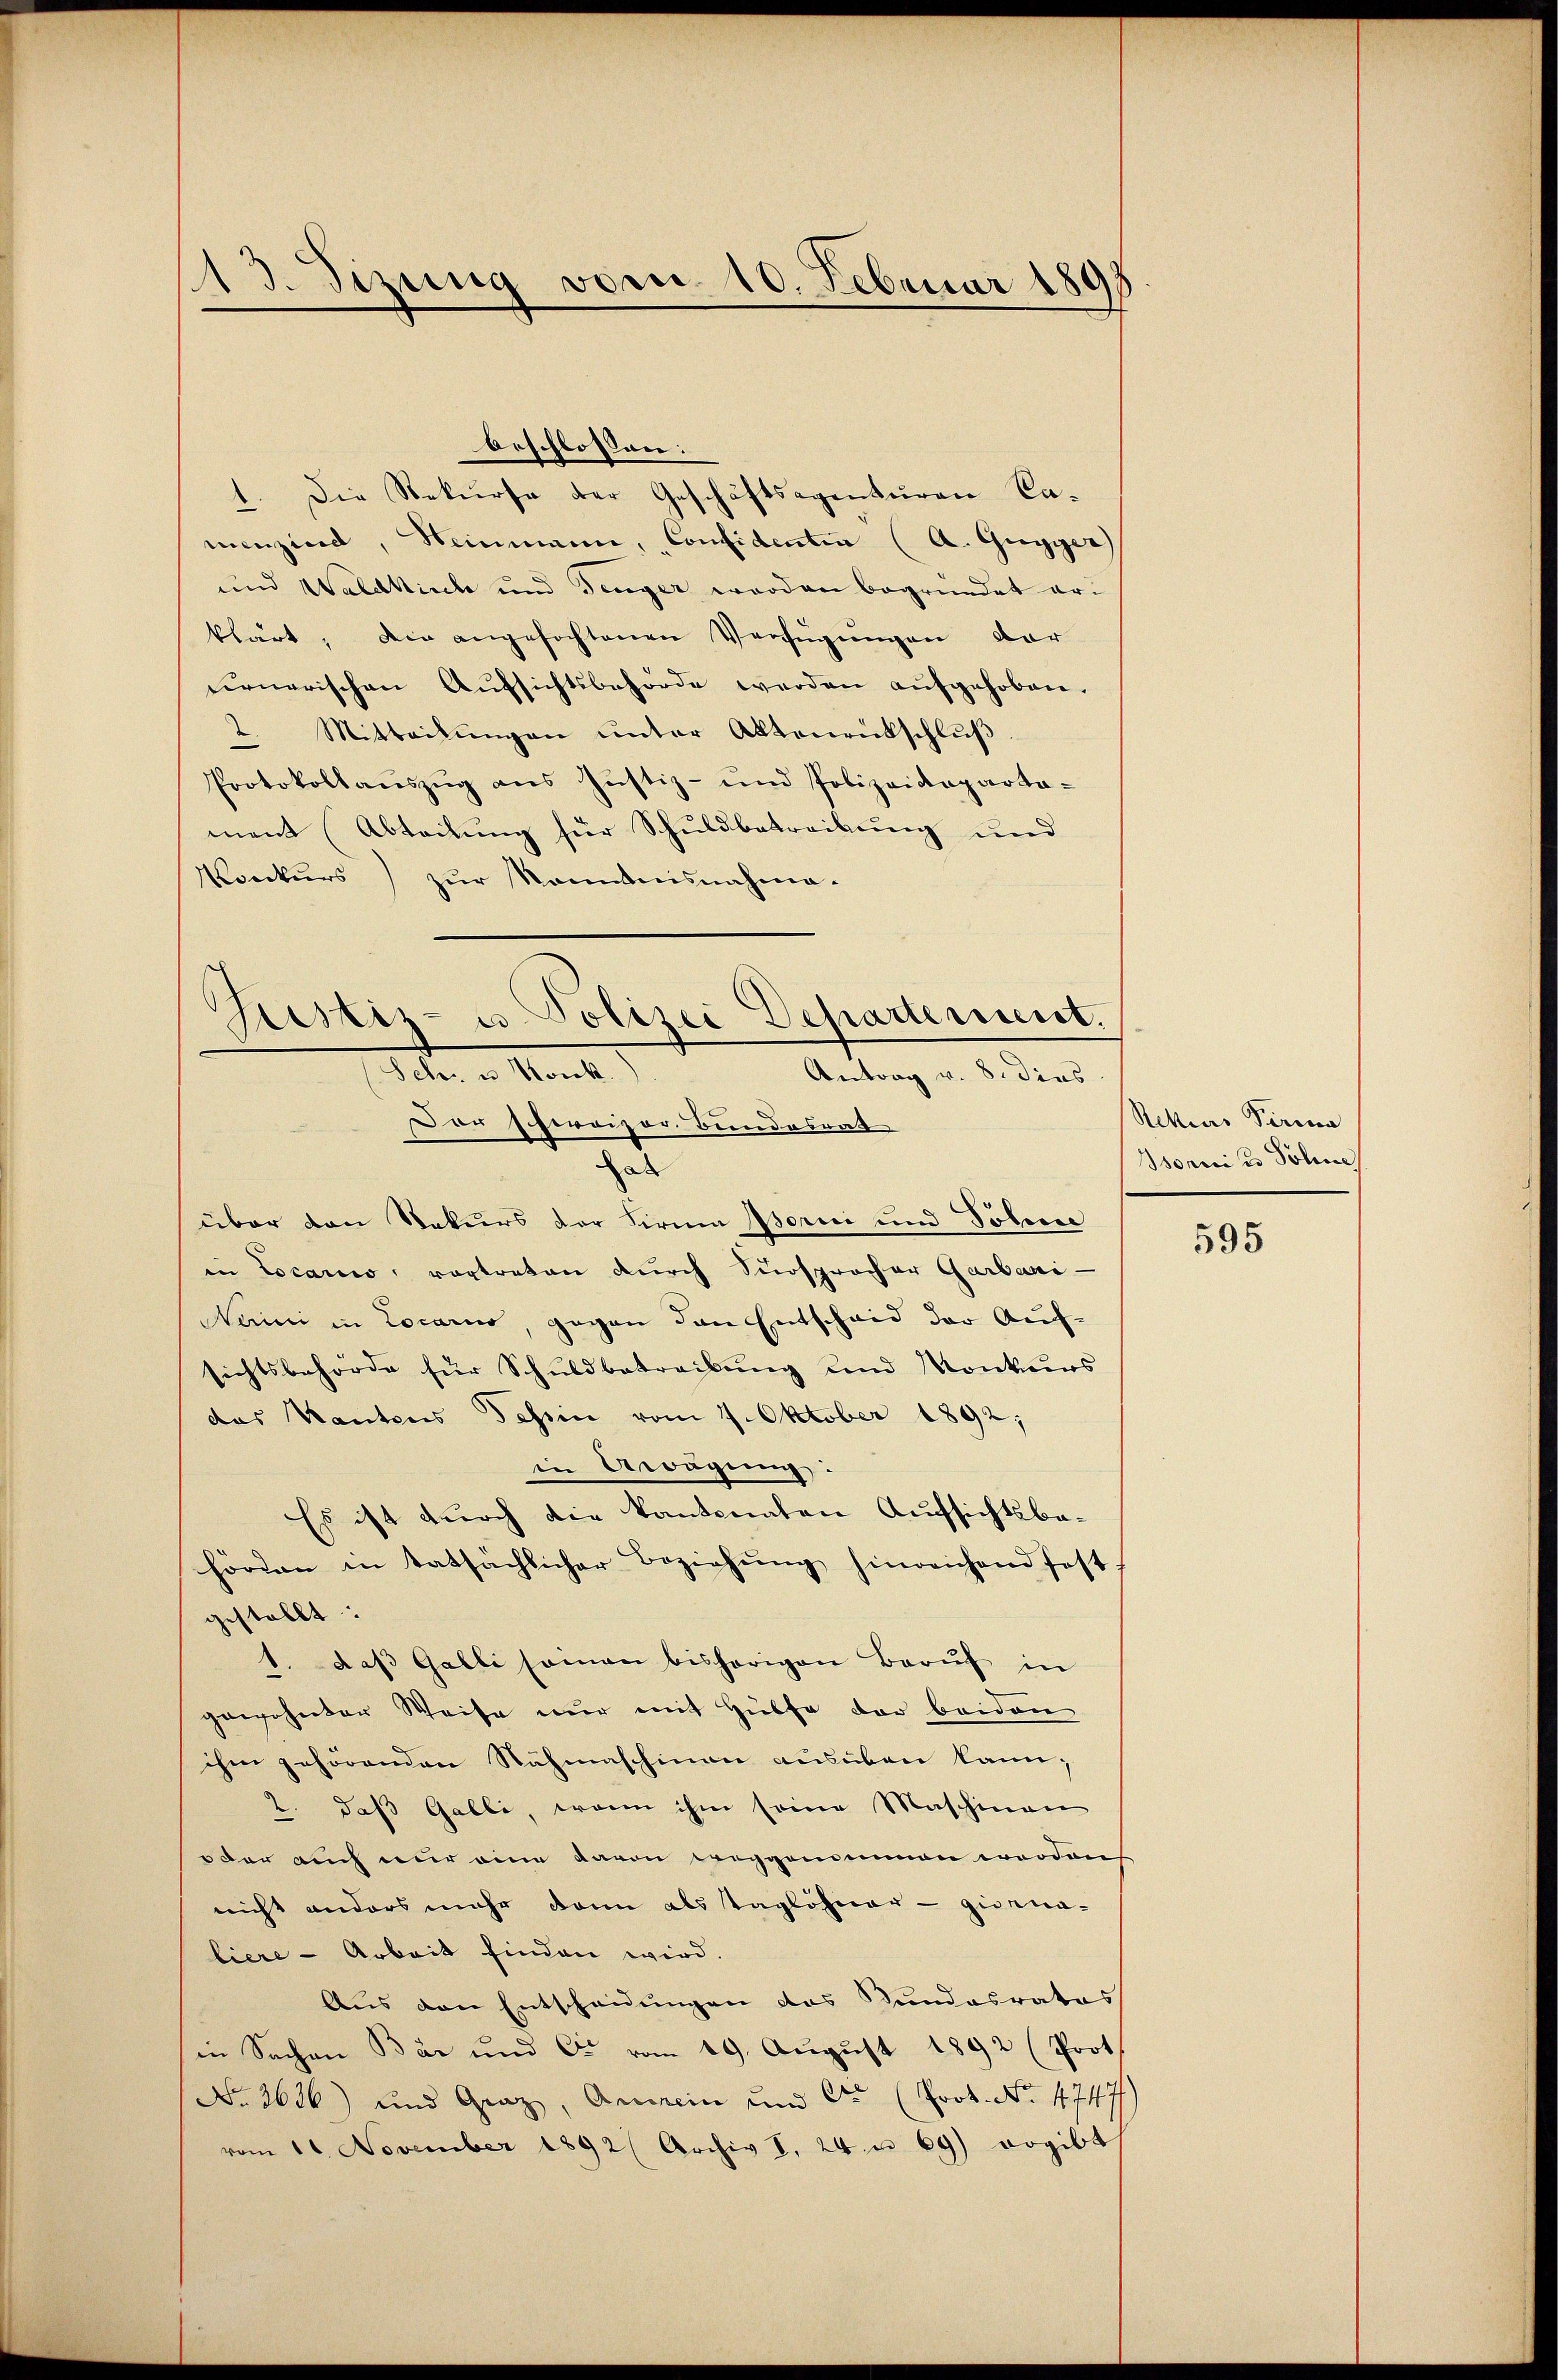
13. Sizung vom 10. Februar 180

beschlossen:
1. Die Rekurse der Geschäftsagenturen Camenzierd, Heinmann, Confidentia (A. Gugger
und Waldkirch und Jenger werden begründet erklärt, die angefochtenen Verfügungen dar
cirnerischen Aŭfsichtsbehörde werden aŭfgehoben.
2. Mitteilungen unter Aktenrückschluß
Protokollaŭszŭg ans Justiz- und Polizeideparta-
ment (Abteilung für Schuldbetreibung und
Konkŭrs) zŭr Kenntnisnahma-

Justiz- u. Polizei Departement.
Iter u. Mante
Antrag v. 8. dies
Dar sheroizor. Bundesrat

d
über den Rekurs der Firma Borni und Tobene
in Locario, vortreten durch Sursprocher Garbani-
Namni in Locarno gegen den Entscheid der Auf-
sichtsbehörde für Schuldbetreibŭng und Konkurs
das Kantons Tessin vom 4. Oktober 1892;
in Abwägung
Es ist durch die kantonaten Aufsichtsbahörden in tatsächlicher Beziehŭng hinreichend fest
gestellt:
1. daβ Galli seien bisherigen Berŭf in
gewohnter Weise nur mit Hülfe der beiden
ihm gehörenden Nähmaschinen ausüben kann;
2. daß Galli, wenn ihm seine Maschinen
oder auch nur eine davon weggenimen erroden
nicht anders mehr dann als Taglöhner - giorna-
liere - Arbeit finden wird.
Aus den Entscheidungen das Kundesrates
in Sachen Bär und C. vom 19. August 1892 (Prot
No. 2636) und Graz, Anmein und Cr (Prot. No. 4747
vom 11. November 1892 Archiv I, 24 u 69) ergibt

Rettias Parina
Isonnies Sohne

595